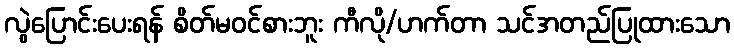
လွဲပြောင်းပေးရန် စိတ်မဝင်စားဘူး ကီလို/ဟက်တာ သင်အတည်ပြုထားသော